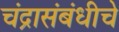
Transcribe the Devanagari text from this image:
चंद्रासंबंधीचे